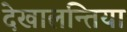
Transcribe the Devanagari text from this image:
देखालन्तिया